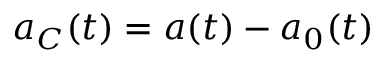
\ensuremath { \boldsymbol { a } } _ { C } ( t ) = \boldsymbol { a } ( t ) - \boldsymbol { a } _ { 0 } ( t )